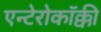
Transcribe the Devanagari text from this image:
एन्टेरोकॉक्की